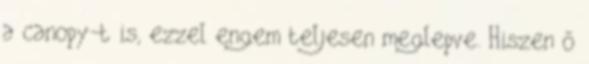
a canopy-t is, ezzel engem teljesen meglepve. Hiszen ő